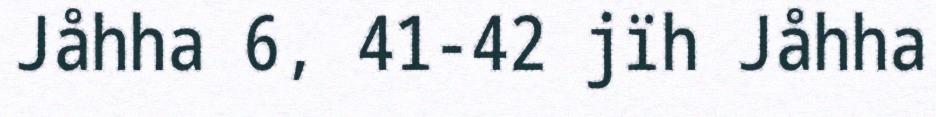
Jåhha 6, 41-42 jïh Jåhha